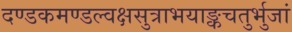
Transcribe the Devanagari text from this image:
दण्डकमण्डल्वक्षसुत्राभयाङ्कचतुर्भुजां